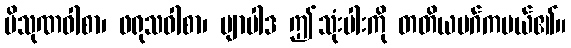
ပိသုဏဝါစာ၊ ဖရုသဝါစာ၊ ဗျာပါဒ ဤသုံးပါးကို တတိယမဂ်ကပယ်၏။